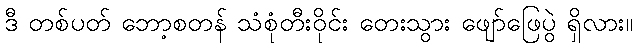
ဒီ တစ်ပတ် ဘော့စတန် သံစုံတီးဝိုင်း တေးသွား ဖျော်ဖြေပွဲ ရှိလား။